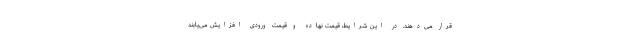
قرار می‌دهند. در این شرایط، قیمت نهاده و قیمت ورودی افزایش می‌یابند